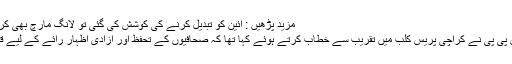
مزید پڑھیں : آئین کو تبدیل کرنے کی کوشش کی گئی تو لانگ مارچ بھی کر سکتے ہیں، بلاول بھٹو
واضح رہے کہ چیئرمین پی پی نے کراچی پریس کلب میں تقریب سے خطاب کرتے ہوئے کہا تھا کہ صحافیوں کے تحفظ اور آزادی اظہار رائے کے لیے قانونی سازی کرنا ہوگی۔